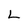
Character: L